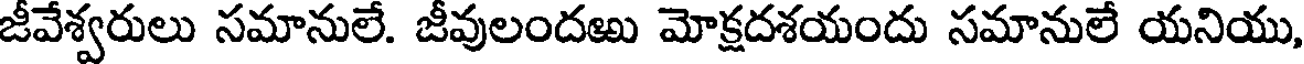
జీవేశ్వరులు సమానులే. జీవులందఱు మోక్షదశయందు సమానులే యనియు,